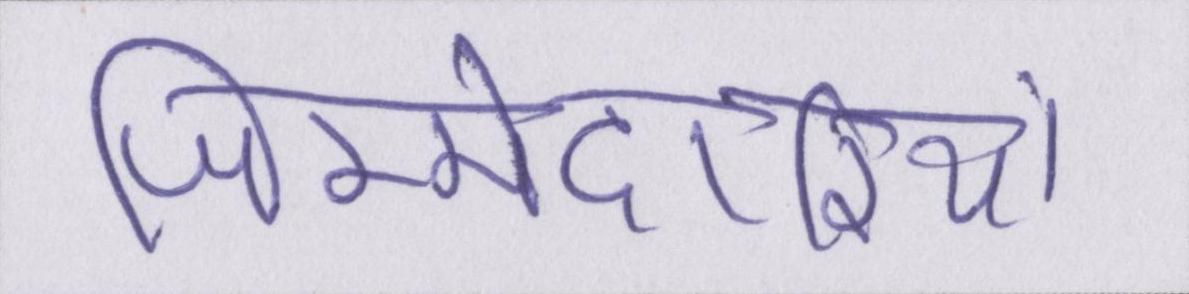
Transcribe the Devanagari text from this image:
जिम्मेदारियां